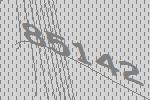
85142